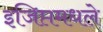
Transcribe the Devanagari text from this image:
इजिप्तमधले